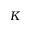
K